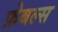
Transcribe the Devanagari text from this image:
फ़ेबल्स